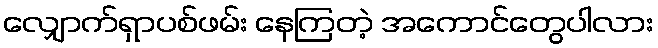
လျှောက်ရှာပစ်ဖမ်း နေကြတဲ့ အကောင်တွေပါလား